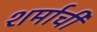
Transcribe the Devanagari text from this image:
शर्माची